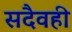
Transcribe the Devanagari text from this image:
सदैवही